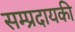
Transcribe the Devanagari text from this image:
सम्प्रदायकी